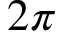
2 \pi